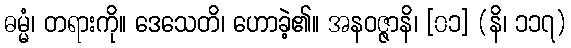
ဓမ္မံ၊ တရားကို။ ဒေသေတိ၊ ဟောခဲ့၏။ အနဝဇ္ဇာနိ၊ [၀၁] (နိ၊ ၁၁၇)